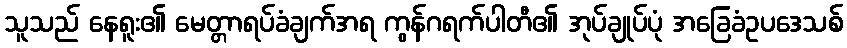
သူသည် နေရူး၏ မေတ္တာရပ်ခံချက်အရ ကွန်ဂရက်ပါတီ၏ အုပ်ချုပ်ပုံ အခြေခံဥပဒေသစ်